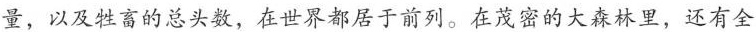
量，以及牲畜的总头数，在世界都居于前列。在茂密的大森林里，还有全